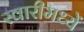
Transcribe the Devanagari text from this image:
स्वारीमध्यें